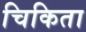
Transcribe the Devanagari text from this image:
चिकिता